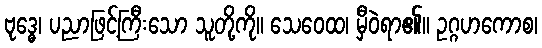
ဗုဒ္ဓေ၊ ပညာဖြင့်ကြီးသော သူတို့ကို။ သေဝေထ၊ မှီဝဲရာ၏။ ဥဂ္ဂဟကောစ၊